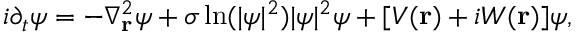
i \partial _ { t } \psi = - \nabla _ { \mathbf { r } } ^ { 2 } \psi + \sigma \ln ( | \psi | ^ { 2 } ) | \psi | ^ { 2 } \psi + [ V ( \mathbf { r } ) + i W ( \mathbf { r } ) ] \psi ,